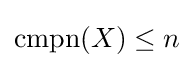
\mathrm {cmpn} (X)\leq n